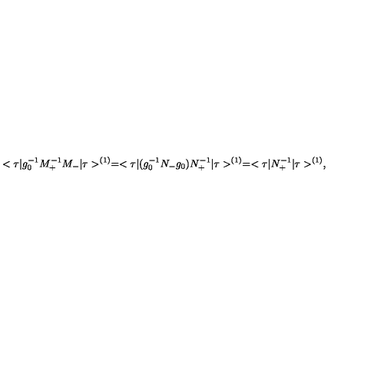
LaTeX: < \tau \vert g _ { 0 } ^ { - 1 } M _ { + } ^ { - 1 } M _ { - } \vert \tau > ^ { ( 1 ) } = < \tau \vert ( g _ { 0 } ^ { - 1 } N _ { - } g _ { 0 } ) N _ { + } ^ { - 1 } \vert \tau > ^ { ( 1 ) } = < \tau \vert N _ { + } ^ { - 1 } \vert \tau > ^ { ( 1 ) } ,